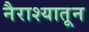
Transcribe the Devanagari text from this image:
नैराश्यातून